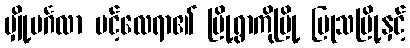
မျှို့မင်္ဂလာ ပင့်လေရာ၏ မြို့ရွာကိုမြို့ ပြုသမြို့နှင့်